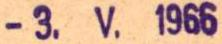
-3. V. 1966